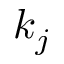
k _ { j }